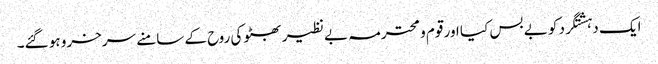
ایک دہشتگرد کو بے بس کیا اور قوم و محترمہ بے نظیر بھٹو کی روح کے سامنے سرخرو ہو گئے۔